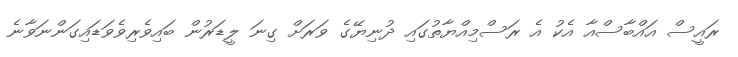
ރައީސް އައްބާސްއާ އެކު އެ ރަސްމިއްޔާތުގައި ދުނިޔޭގެ ވަރަށް ގިނަ ލީޑަރުން ބައިވެރިވެވަޑައިގަންނަވާނެ